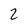
Character: 2